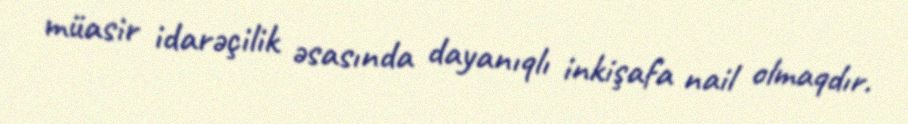
müasir idarəçilik əsasında dayanıqlı inkişafa nail olmaqdır.